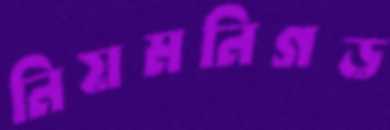
নিয়মনিগড়